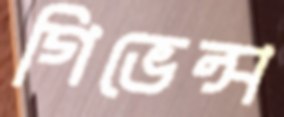
গিভেন্স